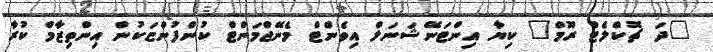
"ދަ ޗޮކްލެޓް ރޫމް" ކިޔާ އިންޓަނޭޝަނަލް އިވެންޓް މެނޭޖްމަންޓް ކުންފުންޏަކުން އިންތިޒާމް ކުރާ